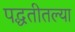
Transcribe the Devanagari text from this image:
पद्धतीतल्या